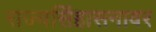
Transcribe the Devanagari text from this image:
राज्यसिंहासनावर